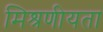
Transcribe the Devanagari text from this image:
मिश्रणीयता